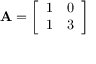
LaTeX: \mathbf { A } = { \left[ \begin{array} { l l } { 1 } & { 0 } \\ { 1 } & { 3 } \end{array} \right] }